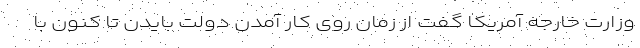
وزارت خارجه آمریکا گفت از زمان روی کار آمدن دولت بایدن تا کنون با